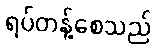
ရပ်တန့်စေသည်